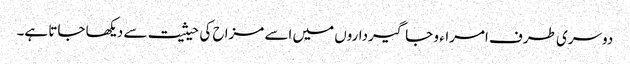
دوسری طرف امراء و جاگیرداروں میں اسے مزاح کی حیثیت سے دیکھا جاتا ہے۔